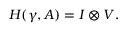
H ( \gamma , { \cal A } ) = { \cal { I } } \otimes V .